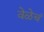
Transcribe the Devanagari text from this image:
वेळेचं